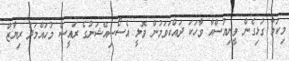
މިކަމާ ގުޅިގެން ވީނިއުސްއާ ވާހަކަ ދައްކަވަމުން ވޮލީ އެސޯސިއޭޝަނުގެ ރައީސް މުހައްމަދު ރިޔާޒް